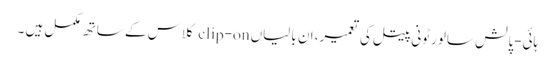
ہائی-پالش سالورٹونی پیتل کی تعمیر، ان بالیاں clip-on کلاس کے ساتھ مکمل ہیں ۔